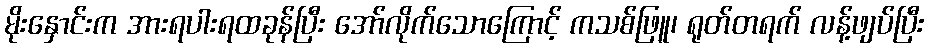
မိုးနှောင်းက အားရပါးရထခုန်ပြီး အော်လိုက်သောကြောင့် ကသစ်ဖြူ၊ ရုတ်တရက် လန့်ဖျပ်ပြီး